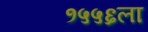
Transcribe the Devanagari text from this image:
१५५६ला